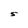
Character: S